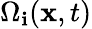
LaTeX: \Omega_{\mathbf{i}}(\textbf{{x}},t)